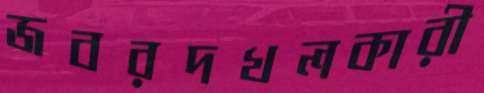
জবরদখলকারী